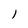
Character: 1